Vaccination United Provinces of Agra and Oudh 1902-1913 - 1902-1913
Year: 1902
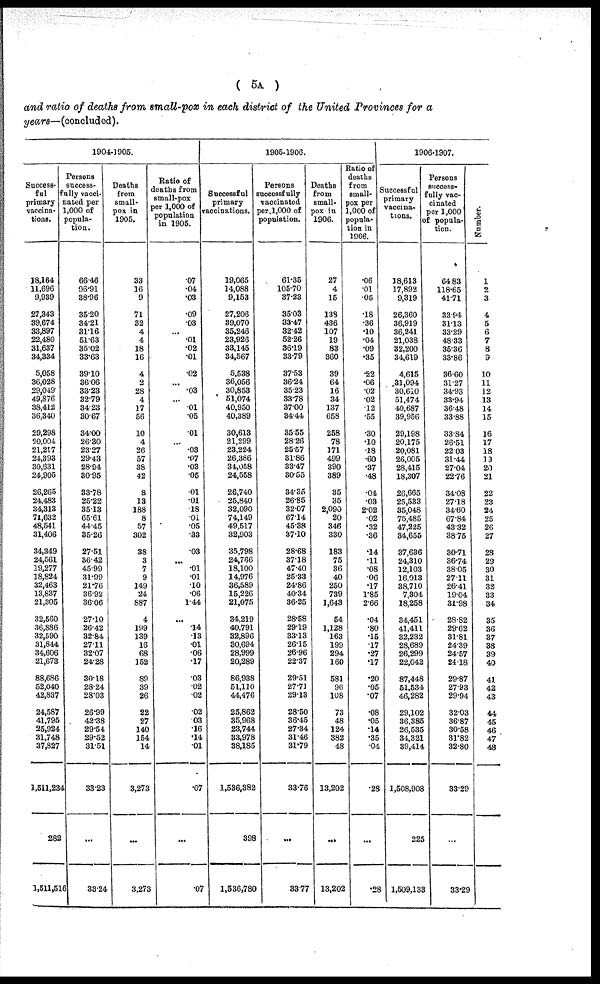
( 5A )
and ratio of deaths from small-pox in each district of the United Provinces for a
years—(concluded).
1904-1905.
Success-
ful
primary
vaccina-
tions.
18,164
11,696
9,939
27,343
39,674
33,897
22,480
31,637
34,334
5,058
36,028
29,049
49,876
38,412
36,340
29,298
20,004
21,217
24,393
30,631
24,905
26,265
24,483
34,313
71,632
48,541
31,406
34,349
24,561
19,277
18,824
32,463
13,837
21,305
32,560
36,886
32,590
31,844
34,606
21,673
88,686
52,040
42,837
24,587
41,795
25,924
31,748
37,827
1,511,234
282
1,511,516
Persons
success-
fully vacci-
nated per
1,000 of
popula-
tion.
66.46
96.91
38.96
35.20
34.21
31.16
51.63
35.02
33.63
39.10
36.06
33.23
32.79
34.23
30.67
34.00
26.30
23.27
29.43
28.94
30.95
33.78
25.22
35.13
65.61
44.45
35.26
27.51
36.42
45.99
31.99
21.76
36.92
36.06
27.10
26.42
32.84
27.11
32.07
24.28
30.18
28.24
28.03
26.99
42.38
29.54
29.52
31.51
33.23
...
33.24
Deaths
from
small-
pox in
1905.
33
16
9
71
32
4
4
18
16
4
2
28
4
17
56
10
4
26
57
38
42
8
13
188
8
57
302
38
3
7
9
149
24
887
4
199
139
16
68
152
89
39
26
22
27
140
154
14
3,273
...
3,273
Ratio of
deaths from
small-pox
per 1,000 of
population
in 1905.
.07
.04
.03
.09
.03
...
.01
.02
.01
.02
...
.03
...
.01
.05
.01
...
.03
.07
.03
.05
.01
.01
.18
.01
.05
.33
.03
...
.01
.01
.10
.06
1.44
...
.14
.13
.01
.06
.17
.03
.02
.02
.02
.03
.16
.14
.01
.07
...
.07
1905-1906.
Successful
primary
vaccinations.
19,065
14,088
9,153
27,206
39,070
35,246
23,926
33,145
34,567
5,538
36,056
30,853
51,074
40,950
40,389
30,613
21,299
23,224
26,386
34,058
24,558
26,740
25,840
32,090
74,149
49,517
32,903
35,798
24,766
18,100
14,976
36,589
15,226
21,075
34,219
40,791
32,896
30,694
28,999
20,289
86,938
51,110
44,476
25,862
35,968
23,744
33,978
38,185
1,536,382
398
1,536,780
Persons
successfully
vaccinated
per 1,000 of
population.
61.35
105.70
37.23
35.03
33.47
32.42
52.26
36.19
33.79
37.53
36.24
35.23
33.78
37.00
34.44
35.55
28.26
25.57
31.86
33.47
30.55
34.35
26.85
32.07
67.14
45.38
37.10
28.68
37.18
47.40
25.33
24.86
40.34
36.25
28.58
29.19
33.13
26.15
26.96
22.37
29.51
27.71
29.13
28.50
36.45
27.34
31.46
31.79
33.76
...
33.77
Deaths
from
small-
pox in
1906.
27
4
15
138
436
107
19
83
360
39
64
16
34
137
658
258
78
171
499
390
389
35
35
2,090
20
346
330
183
75
36
40
250
739
1,643
54
1,128
163
199
294
160
581
96
108
73
48
124
382
48
13,202
...
13,202
Ratio of
deaths
from
small-
pox per
1,000 of
popula-
tion in
1906.
.06
.01
.05
.18
.36
.10
.04
.09
.35
.22
.06
.02
.02
.12
.55
.30
.10
.18
.60
.37
.48
.04
.03
2.02
.02
.32
.36
.14
.11
.08
.06
.17
1.85
2.66
.04
.80
.15
.17
.27
.17
.20
.05
.07
.08
.05
.14
.35
.04
.28
...
.28
1906-1907.
Successful
primary
vaccina-
tions.
18,613
17,892
9,319
26,360
36,919
36,241
21,038
32,200
34,619
4,615
31,094
30,610
51,474
40,687
39,956
29,198
20,175
20,081
26,005
28,415
18,307
26,665
25,533
35,048
75,485
47,225
34,655
37,636
24,310
12,103
16,013
38,710
7,304
18,258
34,451
41,411
32,232
28,689
26,299
22,042
87,448
51,534
46,282
29,102
36.385
26,535
34,321
39,414
1,508,908
225
1,509,133
Persons
success-
fully vac-
cinated
per 1,000
of popula-
tion.
64.83
118.65
41.71
33.94
31.13
33.29
48.33
35.36
33.86
36.60
31.27
34.93
33.94
36.48
33.88
33.84
26.51
22.03
31.44
27.04
22.76
34.08
27.18
34.60
67.84
43.32
38.75
30.71
36.74
38.05
27.11
26.41
19.04
31.98
28.82
29.62
31.81
24.39
24.57
24.18
29.87
27.93
29.94
32.03
36.87
30.58
31.82
32.80
33.29
...
33.29
Number.
1
2
3
4
5
6
7
8
9
10
11
12
13
14
15
16
17
18
19
20
21
22
23
24
25
26
27
28
29
30
31
32
33
34
35
36
37
38
39
40
41
42
43
44
45
46
47
48